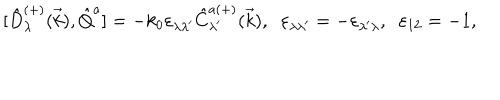
{ [ } \hat { D } _ { \lambda } ^ { ( + ) } ( \vec { k } ) , \hat { Q } ^ { a } ] = - k _ { 0 } \varepsilon _ { \lambda \lambda ^ { \prime } } \hat { C } _ { \lambda ^ { \prime } } ^ { a ( + ) } ( \vec { k } ) , \; \; \varepsilon _ { \lambda \lambda ^ { \prime } } = - \varepsilon _ { \lambda ^ { \prime } \lambda } , \; \; \varepsilon _ { 1 2 } = - 1 ,